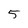
Character: 5